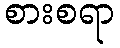
စားစရာ